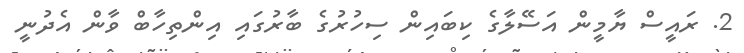
2. ރައީސް ޔާމީން އަސޭލާގެ ކިބައިން ސިހުރުގެ ބާރުގައި އިންތިހާބް ވާން އެދުނީ